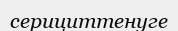
серициттенуге